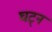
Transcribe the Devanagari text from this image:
घट्न